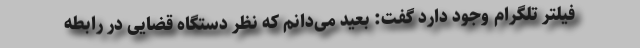
فیلتر تلگرام وجود دارد گفت: بعید می‌دانم که نظر دستگاه قضایی در رابطه